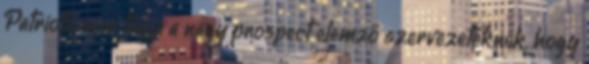
Patriots nem tagja a nagy prospect elemző szervezeteknek, hogy